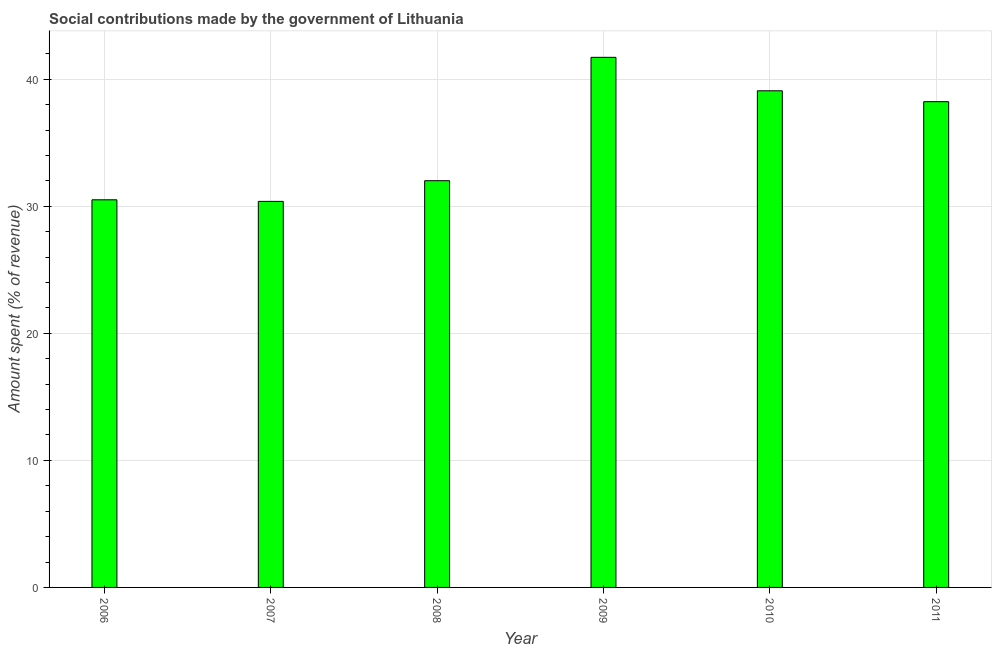
| Year | Social contributions |
 | --- | --- |
 | 2006 | 30.5 |
 | 2007 | 30.4 |
 | 2008 | 32 |
 | 2009 | 41.7 |
 | 2010 | 39.1 |
 | 2011 | 38.2 |